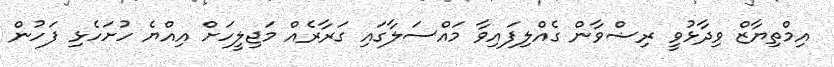
އިމްތިޔާޒް ވިދާޅުވީ ރިޟްވާން ގެއްލިފައިވާ މައްސަލާގައި ގަރާރެއް މަޖިލީހަށް އިއްޔެ ހުށަހެޅި ފަހުން